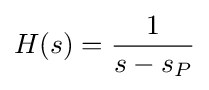
H(s)={\frac {1}{s-s_{P}}}